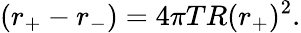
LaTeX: (r_{+}-r_{-})=4\pi TR(r_{+})^{2}.